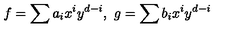
f = \sum a _ { i } x ^ { i } y ^ { d - i } , \ g = \sum b _ { i } x ^ { i } y ^ { d - i }